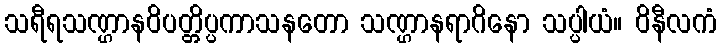
သရီရသဏ္ဌာနဝိပတ္တိပ္ပကာသနတော သဏ္ဌာနရာဂိနော သပ္ပါယံ။ ဝိနီလကံ